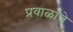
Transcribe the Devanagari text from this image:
प्रवाळांचे